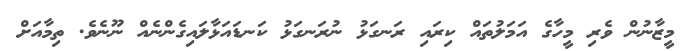
މީޒާނުން ވެރި މީހާގެ އަމަލުތައް ކިރައި ރަނގަޅު ނުރަނގަޅު ކަނޑައަޅާލައިގެންނެއް ނޫނެވެ. ތިމާއަށް